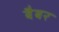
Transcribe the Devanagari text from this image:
बैबर